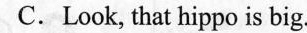
C.Look, that hippo is big.